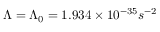
\Lambda = \Lambda _ { 0 } = 1 . 9 3 4 \times 1 0 ^ { - 3 5 } s ^ { - 2 }